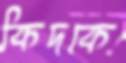
কিদকে